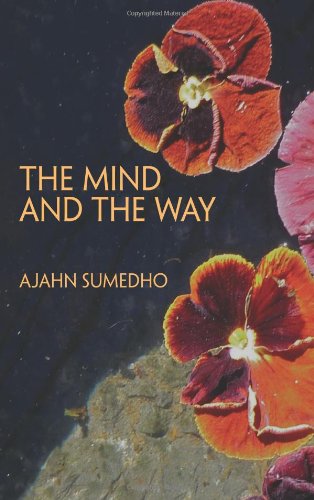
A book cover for The Mind and the Way: Buddhist Reflections on Life; Ajahn Sumedho; Religion & Spirituality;